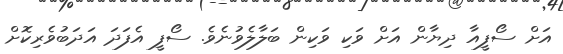
އަށް ސޯފީއާ ދިޔާން އަށް ވަކި ވަކިން ބަލާލެވުނެވެ. ސޯފީ އެފަދަ އަދަބުވެރިކޮށް